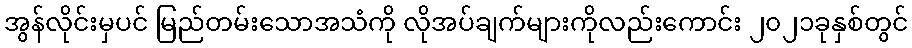
အွန်လိုင်းမှပင် မြည်တမ်းသောအသံကို လိုအပ်ချက်များကိုလည်းကောင်း ၂၀၂၁ခုနှစ်တွင်